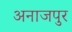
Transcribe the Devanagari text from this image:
अनाजपुर